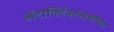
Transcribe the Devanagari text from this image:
अंटार्क्टिकासंबंधित